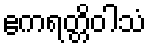
ဧကရတ္တိဝါသံ